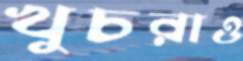
খুচরাও